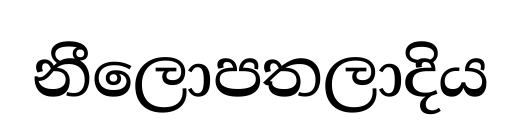
නීලොපතලාදිය